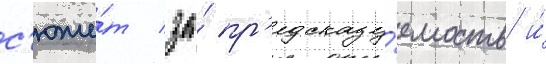
с'юже́т за́ пр'едсказу́емость и́